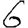
Digit: 6